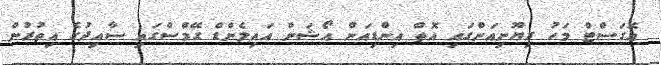
އޮގަސްޓް މަހު ރިޔޫނިއަންގައި އޮތް އިންޑިއަން އޯޝަން އައިލެންޑް ގޭމްސްގައި ސާއިދުގެ އިތުރުން